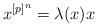
LaTeX: \begin{align*}x^{[p]^n} = \lambda(x) x\end{align*}